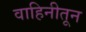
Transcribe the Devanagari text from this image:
वाहिनीतून